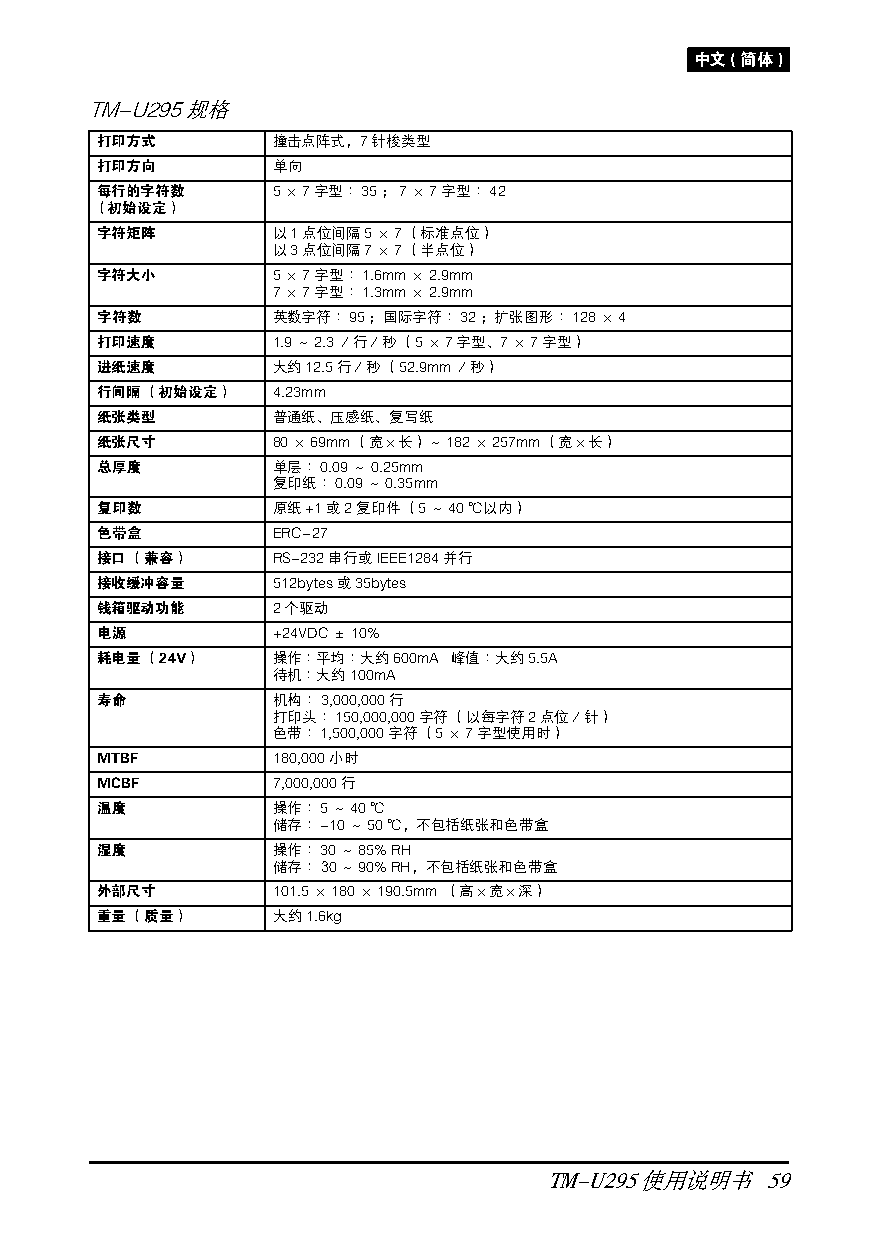
中文(简体)
 TM-U295规格
 打印方式        撞击点阵式，7针梭类型
 打印方向        单向
 每行的字符数      5×7字型∶35；7×7字型∶42
 （初始设定）
 字符矩阵        以1点位间隔5×7（标准点位）
 以3点位间隔7×7（半点位）
 字符大小        5×7字型∶1.6mm×2.9mm
 7×7字型∶1.3mm×2.9mm
 字符数         英数字符∶95；国际字符∶32；扩张图形∶128×4
 打印速度        1.9～2.3／行／秒（5×7字型、7×7字型）
 进纸速度        大约12.5行／秒（52.9mm／秒）
 行间隔（初始设定）   4.23mm
 纸张类型        普通纸、压感纸、复写纸
 纸张尺寸        80×69mm（宽×长）～182×257mm（宽×长）
 总厚度         单层∶0.09～0.25mm
 复印纸∶0.09～0.35mm
 复印数         原纸+1或2复印件（5～40℃以内）
 色带盒         ERC-27
 接口（兼容）      RS-232串行或IEEE1284并行
 接收缓冲容量      512bytes或35bytes
 钱箱驱动功能      2个驱动
 电源          +24VDC±10%
 耗电量（24V）    操作∶平均∶大约600mA 峰值∶大约5.5A
 待机∶大约100mA
 寿命          机构∶3,000,000行
 打印头∶150,000,000字符（以每字符2点位／针）
 色带∶1,500,000字符（5×7字型使用时）
 MTBF        180,000小时
 MCBF        7,000,000行
 温度          操作∶5～40℃
 储存∶-10～50℃，不包括纸张和色带盒
 湿度          操作∶30～85% RH
 储存∶30～90% RH，不包括纸张和色带盒
 外部尺寸        101.5×180×190.5mm （高×宽×深）
 重量（质量）      大约1.6kg
 TM-U295使用说明书   59